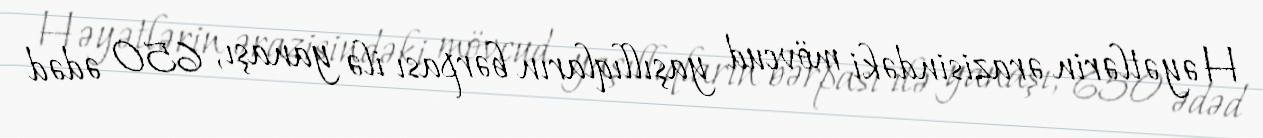
Həyətlərin ərazisindəki mövcud yaşıllıqların bərpası ilə yanaşı, 650 ədəd